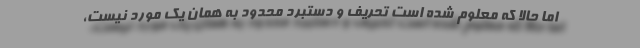
اما حالا که معلوم شده است تحریف و دستبرد محدود به همان یک مورد نیست،